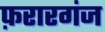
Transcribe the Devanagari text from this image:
फ़रारगंज